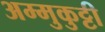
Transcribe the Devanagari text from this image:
अम्मुकुट्टी